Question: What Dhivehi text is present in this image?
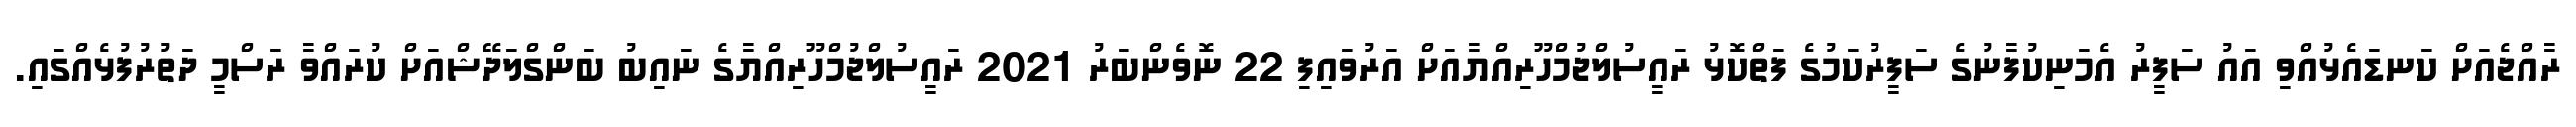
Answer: ރާއްޖެއަށް ކަނޑައެޅުއްވި އައު ސަފީރު އެމަނިކުފާނުގެ ސަފީރުކަމުގެ ފަތްކޮޅު ރައީސުލްޖުމްހޫރިއްޔާއަށް އަރުވައިފި 22 ނޮވެންބަރު 2021 ރައީސުލްޖުމްހޫރިއްޔާގެ ނައިބު ބަންގްލަދޭޝްއަށް ކުރައްވާ ރަސްމީ ދަތުރުފުޅެއްގައި.